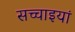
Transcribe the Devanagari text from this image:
सच्चाइयां